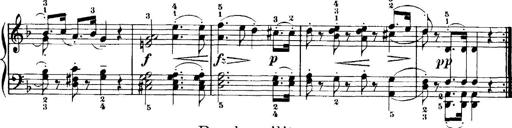
Title: 7 Sonatinas
Composer: Anton Diabelli